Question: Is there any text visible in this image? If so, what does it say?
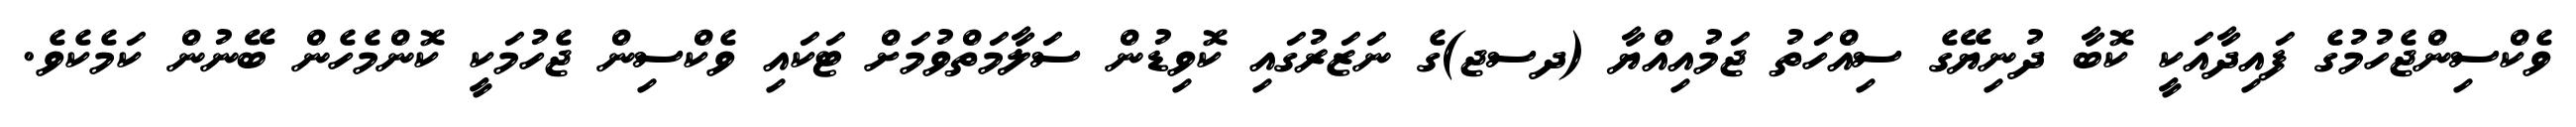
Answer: ވެކްސިންޖެހުމުގެ ފައިދާއަކީ ކޮބާ ދުނިޔޭގެ ސިއްހަތު ޖަމުއިއްޔާ (ދސޖ)ގެ ނަޒަރުގައި ކޮވިޑުން ސަލާމަތްވުމަށް ޓަކައި ވެކްސިން ޖެހުމަކީ ކޮންމެހެން ބޭނުން ކަމެކެވެ.